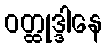
ဝတ္ထုဒ္ဒါနေ